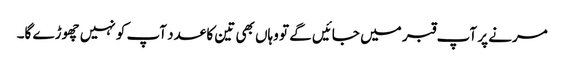
مرنے پر آپ قبر میں جائیں گے تو وہاں بھی تین کا عدد آپ کو نہیں چھوڑے گا۔